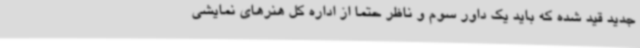
جدید قید شده که باید یک داور سوم و ناظر حتما از اداره کل هنرهای نمایشی